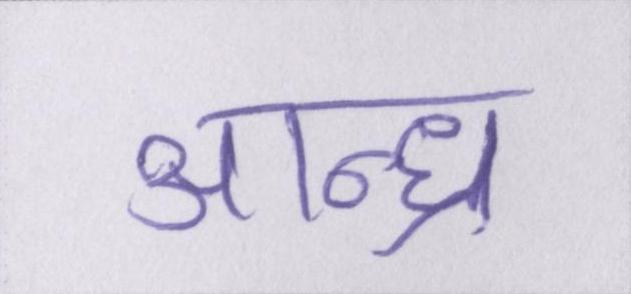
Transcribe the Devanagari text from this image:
आन्ध्र